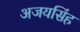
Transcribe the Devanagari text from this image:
अजयसिंह